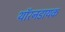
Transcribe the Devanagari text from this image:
थॉरनडायक